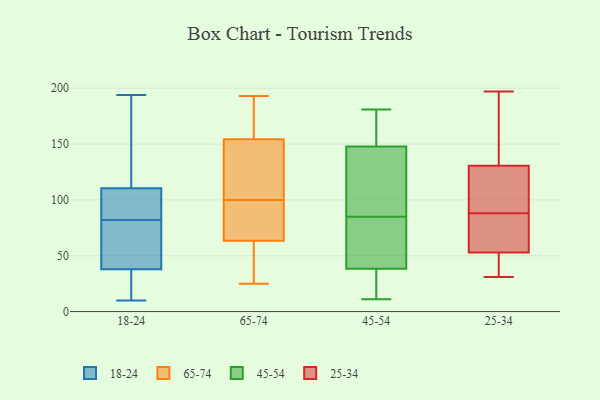
{"axis": {"x": "Net Income (USD K)", "y": "Value"}, "legend": ["18-24", "25-34", "45-54", "65-74"], "data": [{"x": "", "y": 10, "type": "18-24"}, {"x": "", "y": 194, "type": "18-24"}, {"x": "", "y": 98, "type": "18-24"}, {"x": "", "y": 74, "type": "18-24"}, {"x": "", "y": 90, "type": "18-24"}, {"x": "", "y": 15, "type": "18-24"}, {"x": "", "y": 96, "type": "18-24"}, {"x": "", "y": 29, "type": "18-24"}, {"x": "", "y": 47, "type": "18-24"}, {"x": "", "y": 68, "type": "18-24"}, {"x": "", "y": 123, "type": "18-24"}, {"x": "", "y": 148, "type": "18-24"}, {"x": "", "y": 193, "type": "65-74"}, {"x": "", "y": 156, "type": "65-74"}, {"x": "", "y": 110, "type": "65-74"}, {"x": "", "y": 68, "type": "65-74"}, {"x": "", "y": 132, "type": "65-74"}, {"x": "", "y": 33, "type": "65-74"}, {"x": "", "y": 174, "type": "65-74"}, {"x": "", "y": 95, "type": "65-74"}, {"x": "", "y": 46, "type": "65-74"}, {"x": "", "y": 81, "type": "65-74"}, {"x": "", "y": 25, "type": "65-74"}, {"x": "", "y": 192, "type": "65-74"}, {"x": "", "y": 149, "type": "65-74"}, {"x": "", "y": 62, "type": "65-74"}, {"x": "", "y": 100, "type": "65-74"}, {"x": "", "y": 11, "type": "45-54"}, {"x": "", "y": 57, "type": "45-54"}, {"x": "", "y": 175, "type": "45-54"}, {"x": "", "y": 135, "type": "45-54"}, {"x": "", "y": 28, "type": "45-54"}, {"x": "", "y": 108, "type": "45-54"}, {"x": "", "y": 83, "type": "45-54"}, {"x": "", "y": 32, "type": "45-54"}, {"x": "", "y": 181, "type": "45-54"}, {"x": "", "y": 85, "type": "45-54"}, {"x": "", "y": 152, "type": "45-54"}, {"x": "", "y": 134, "type": "25-34"}, {"x": "", "y": 59, "type": "25-34"}, {"x": "", "y": 37, "type": "25-34"}, {"x": "", "y": 197, "type": "25-34"}, {"x": "", "y": 31, "type": "25-34"}, {"x": "", "y": 81, "type": "25-34"}, {"x": "", "y": 42, "type": "25-34"}, {"x": "", "y": 65, "type": "25-34"}, {"x": "", "y": 120, "type": "25-34"}, {"x": "", "y": 51, "type": "25-34"}, {"x": "", "y": 45, "type": "25-34"}, {"x": "", "y": 88, "type": "25-34"}, {"x": "", "y": 155, "type": "25-34"}, {"x": "", "y": 106, "type": "25-34"}, {"x": "", "y": 98, "type": "25-34"}, {"x": "", "y": 162, "type": "25-34"}, {"x": "", "y": 102, "type": "25-34"}, {"x": "", "y": 76, "type": "25-34"}, {"x": "", "y": 169, "type": "25-34"}]}